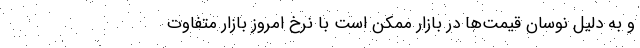
و به دلیل نوسان قیمت‌ها در بازار ممکن است با نرخ امروز بازار متفاوت